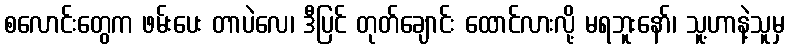
စလောင်းတွေက ဖမ်းပေး တာပဲလေ၊ ဒီပြင် တုတ်ချောင်း ထောင်လားလို့ မရဘူးနော်၊ သူ့ဟာနဲ့သူမှ